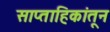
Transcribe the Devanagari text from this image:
साप्ताहिकांतून